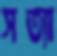
সত্যা